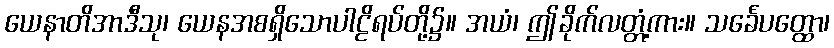
ယေနာတိအာဒီသု၊ ယေနအစရှိသောပါဠိရပ်တို့၌။ အယံ၊ ဤခိုက်လတ္တံ့ကား။ သင်္ခေပတ္ထော၊